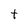
Character: t